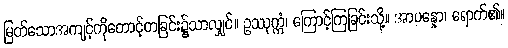
မြတ်သောအကျင့်ကိုတောင့်တခြင်း၌သာလျှင်။ ဥဿုက္ကံ၊ ကြောင့်ကြခြင်းသို့။ အာပန္နော၊ ရောက်၏။